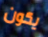
يكون